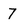
Character: 7